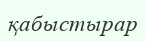
қабыстырар